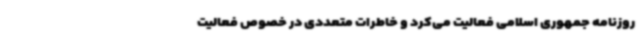
روزنامه جمهوری اسلامی فعالیت می‌کرد و خاطرات متعددی در خصوص فعالیت